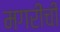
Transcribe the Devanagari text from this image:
मगरीची